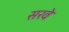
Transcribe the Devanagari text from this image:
सरवे